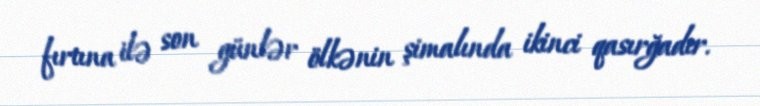
fırtına ilə son günlər ölkənin şimalında ikinci qasırğadır.